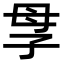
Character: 𡥘